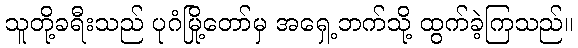
သူတို့ခရီးသည် ပုဂံမြို့တော်မှ အရှေ့ဘက်သို့ ထွက်ခဲ့ကြသည်။